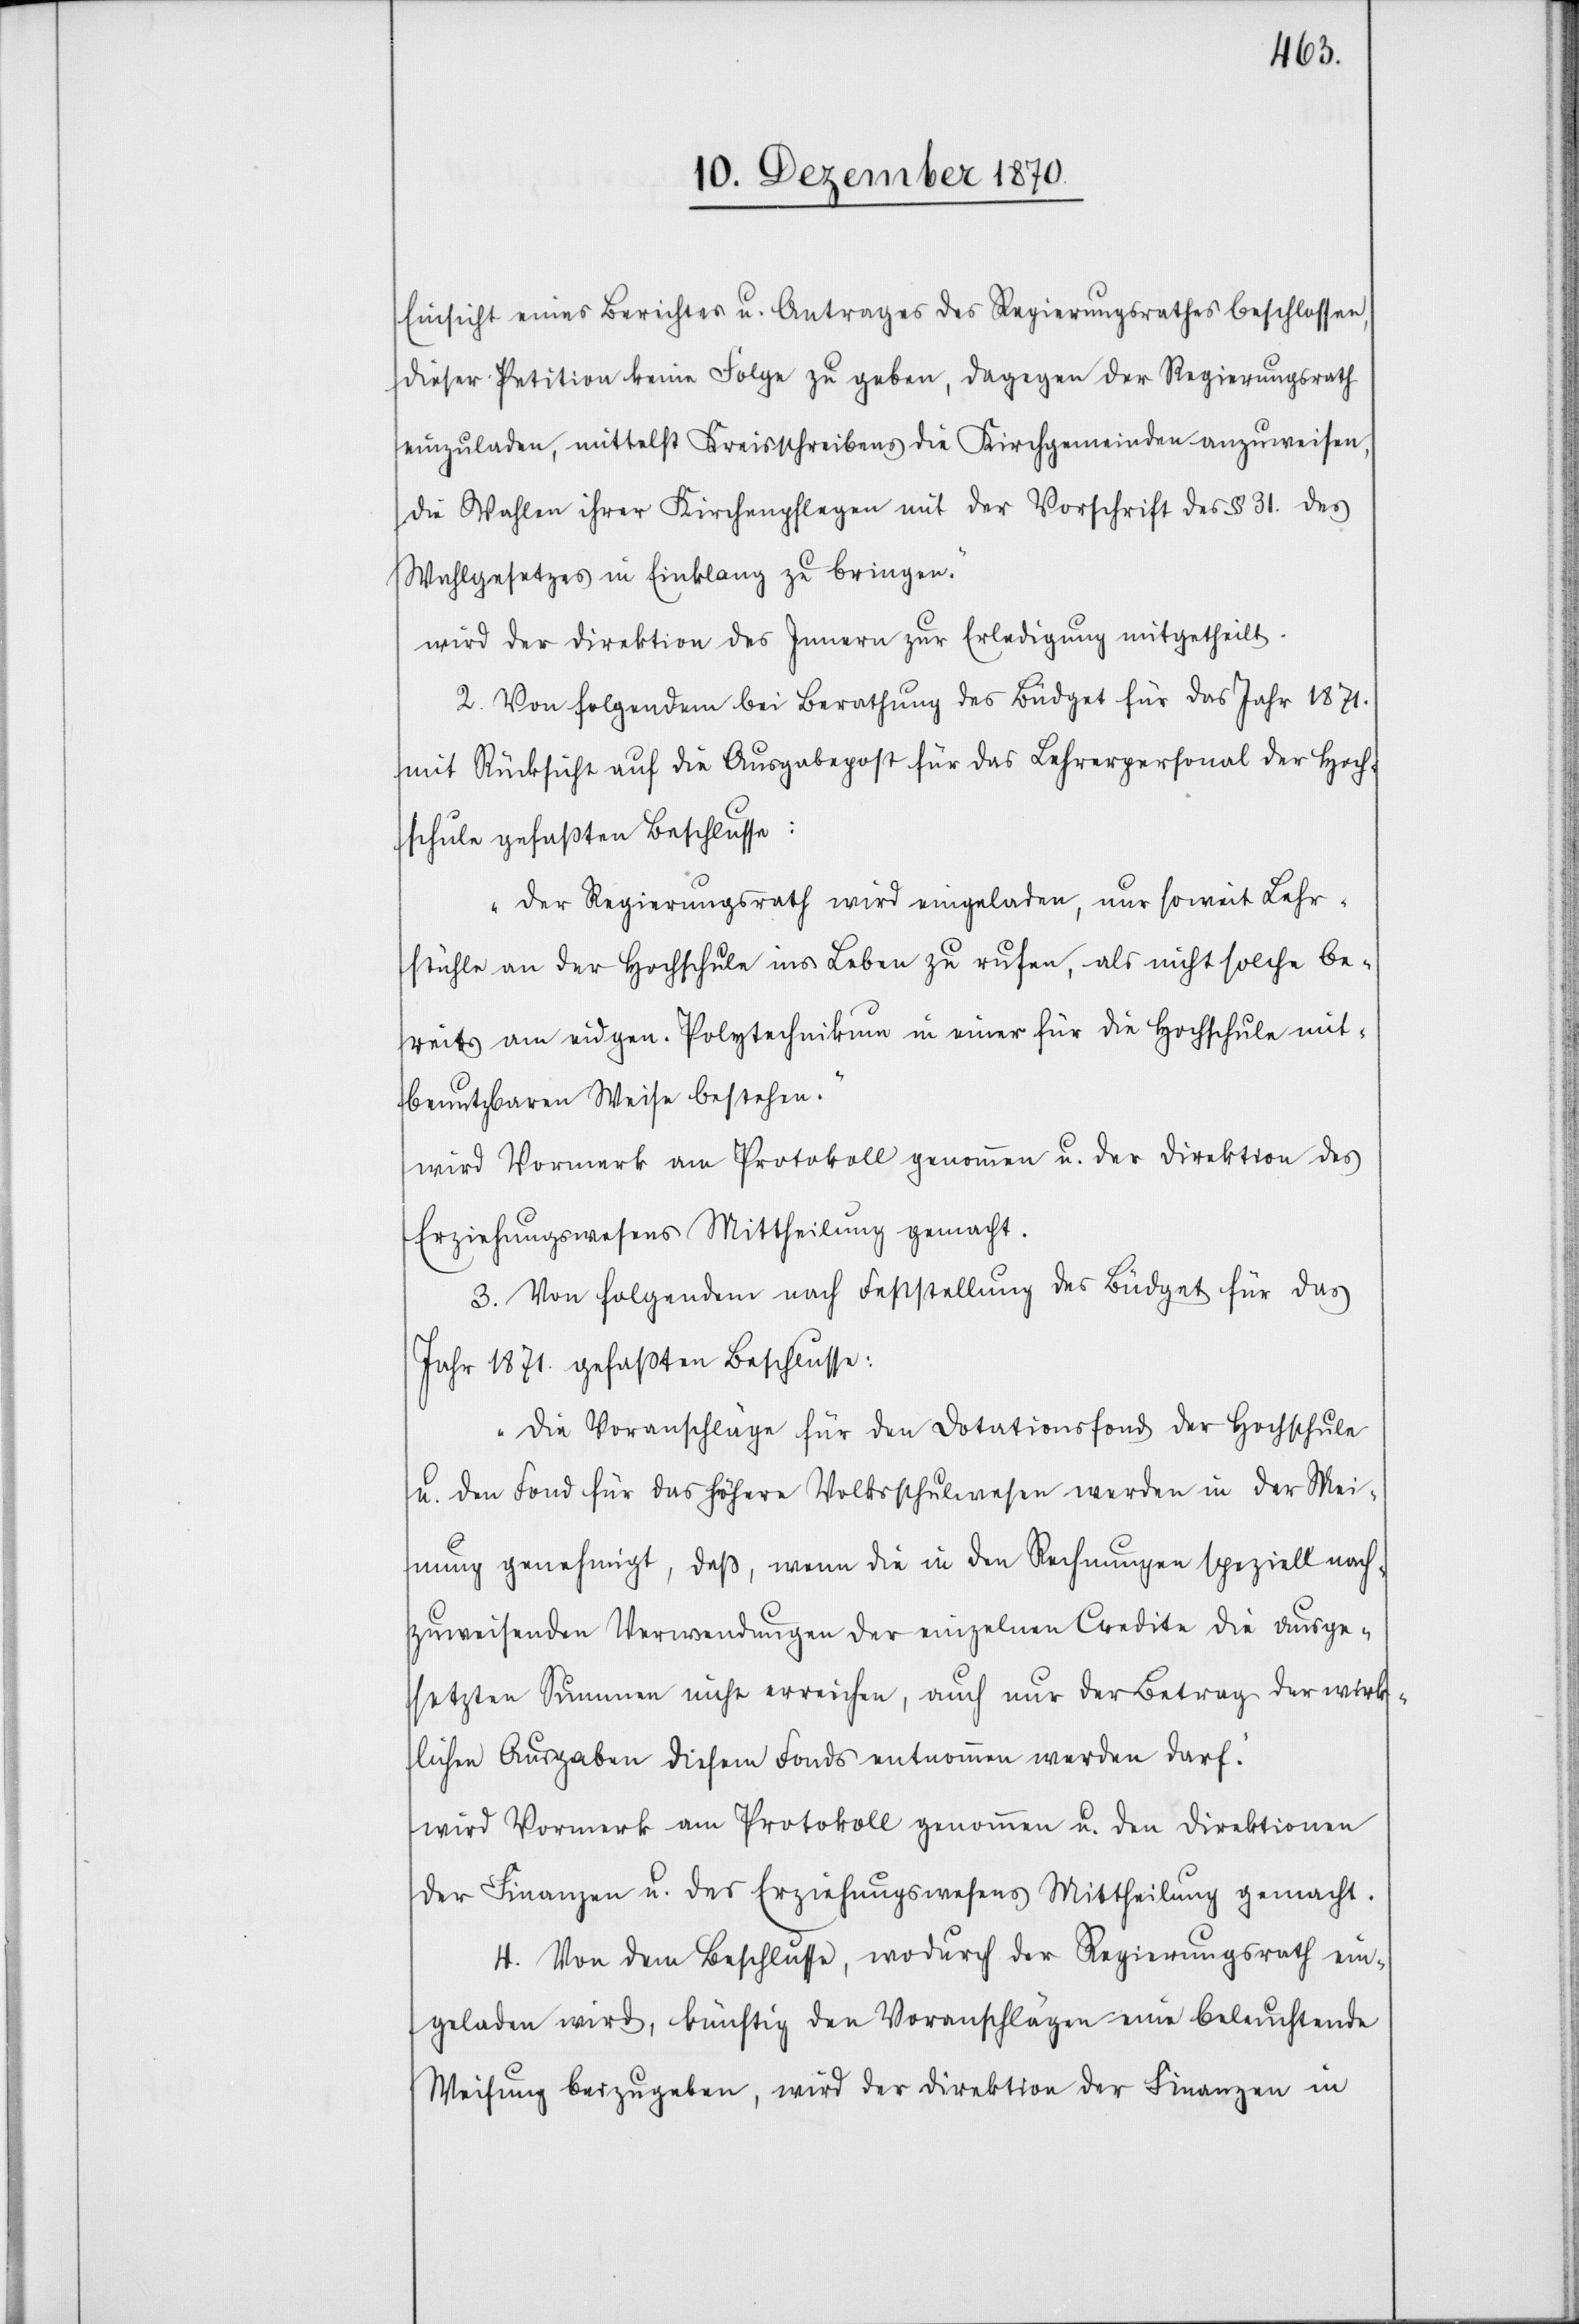
Einsicht eines Berichtes u. Antrages des Regierungsrathes beschlossen,
dieser Petition keine Folge zu geben, dagegen den Regierungsrath
einzuladen, mittelst Kreisschreibens die Kirchgemeinden anzuweisen,
die Wahlen ihrer Kirchenpflegen mit der Vorschrift des § 31. des
Wahlgesetzes in Einklang zu bringen.“
wird der Direktion des Innern zur Erledigung mitgetheilt.
2. Von folgendem bei Berathung des Büdget für das Jahr 1871.
mit Rücksicht auf die Ausgabepost für das Lehrerpersonal der Hoch¬
schule gefaßten Beschlusse:
„Der Regierungsrath wird eingeladen, nur soweit Lehr¬
stühle an der Hochschule ins Leben zu rufen, als nicht solche be¬
reits am eidgen. Polytechnikum in einer für die Hochschule mit¬
benutzbaren Weise bestehen.“
wird Vormerk am Protokoll genommen u. der Direktion des
Erziehungswesens Mittheilung gemacht.
3. Von folgendem nach Feststellung des Büdget für das
Jahr 1871. gefaßten Beschlusse:
„Die Voranschläge für den Dotationsfond der Hochschule
u. den Fond für das höhere Volksschulwesen werden in der Mei¬
nung genehmigt, daß, wenn die in den Rechnungen speziell nach¬
zuweisenden Verwendungen der einzelnen Credite die ausge¬
setzten Summen nicht erreichen, auch nur der Betrag der wirk¬
lichen Ausgaben diesem Fonds entnommen werden darf.“
wird Vormerk am Protokoll genommen u. den Direktionen
der Finanzen u. des Erziehungswesens Mittheilung gemacht.
4. Von dem Beschlusse, wodurch der Regierungsrath ein¬
geladen wird, künftig den Voranschlägen eine beleuchtende
Weisung beizugeben, wird der Direktion der Finanzen in